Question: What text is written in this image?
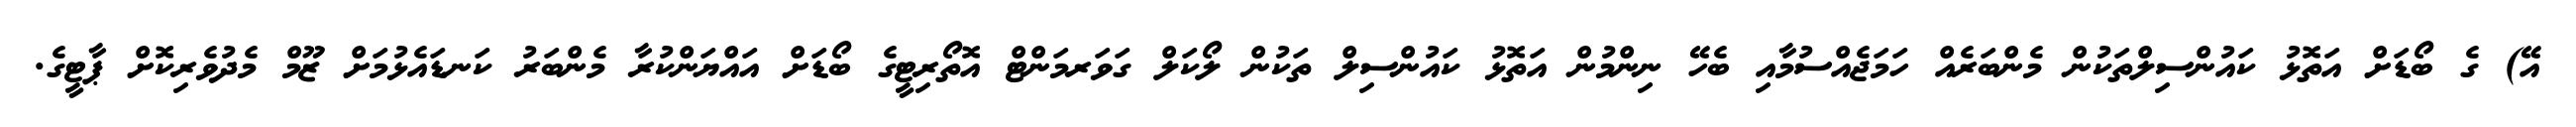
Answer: އޭ) ގެ ބޯޑަށް އަތޮޅު ކައުންސިލްތަކުން މެންބަރެއް ހަމަޖެއްސުމާއި ބެހޭ ނިންމުން އަތޮޅު ކައުންސިލް ތަކުން ލޯކަލް ގަވަރމަންޓް އޮތޯރިޓީގެ ބޯޑަށް އައްޔަންކުރާ މެންބަރު ކަނޑައެޅުމަށް ޒޫމް މެދުވެރިކޮށް ޕާޓީގެ.